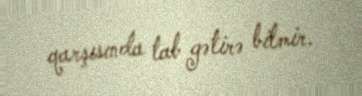
qarşısında tab gətirə bilmir.